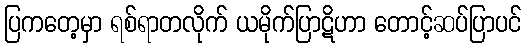
ပြကတေ့မှာ ရစ်ရာတလိုက် ယမိုက်ပြာဋိဟာ တောင့်ဆပ်ပြာပင်